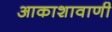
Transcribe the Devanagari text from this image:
आकाशावाणी